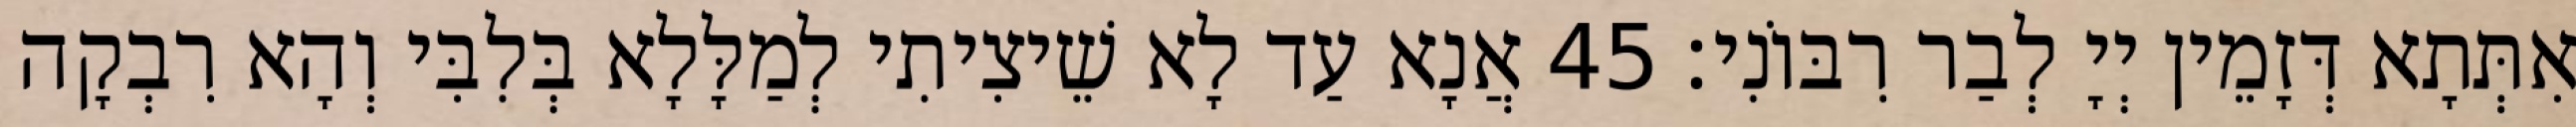
אִתְּתָא דְּזָמֵין יְיָ לְבַר רִבּוֹנִי׃ 45 אֲנָא עַד לָא שֵׁיצִיתִי לְמַלָּלָא בְּלִבִּי וְהָא רִבְקָה